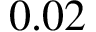
0 . 0 2